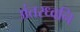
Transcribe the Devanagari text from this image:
अंतरध्वनि